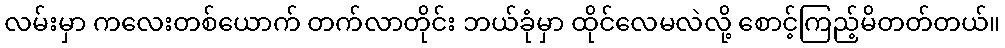
လမ်းမှာ ကလေးတစ်ယောက် တက်လာတိုင်း ဘယ်ခုံမှာ ထိုင်လေမလဲလို့ စောင့်ကြည့်မိတတ်တယ်။